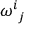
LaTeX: \omega _ { \ j } ^ { i }